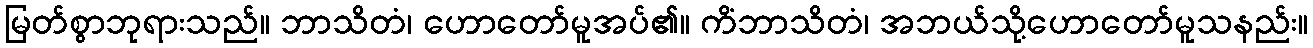
မြတ်စွာဘုရားသည်။ ဘာသိတံ၊ ဟောတော်မူအပ်၏။ ကိံဘာသိတံ၊ အဘယ်သို့ဟောတော်မူသနည်း။